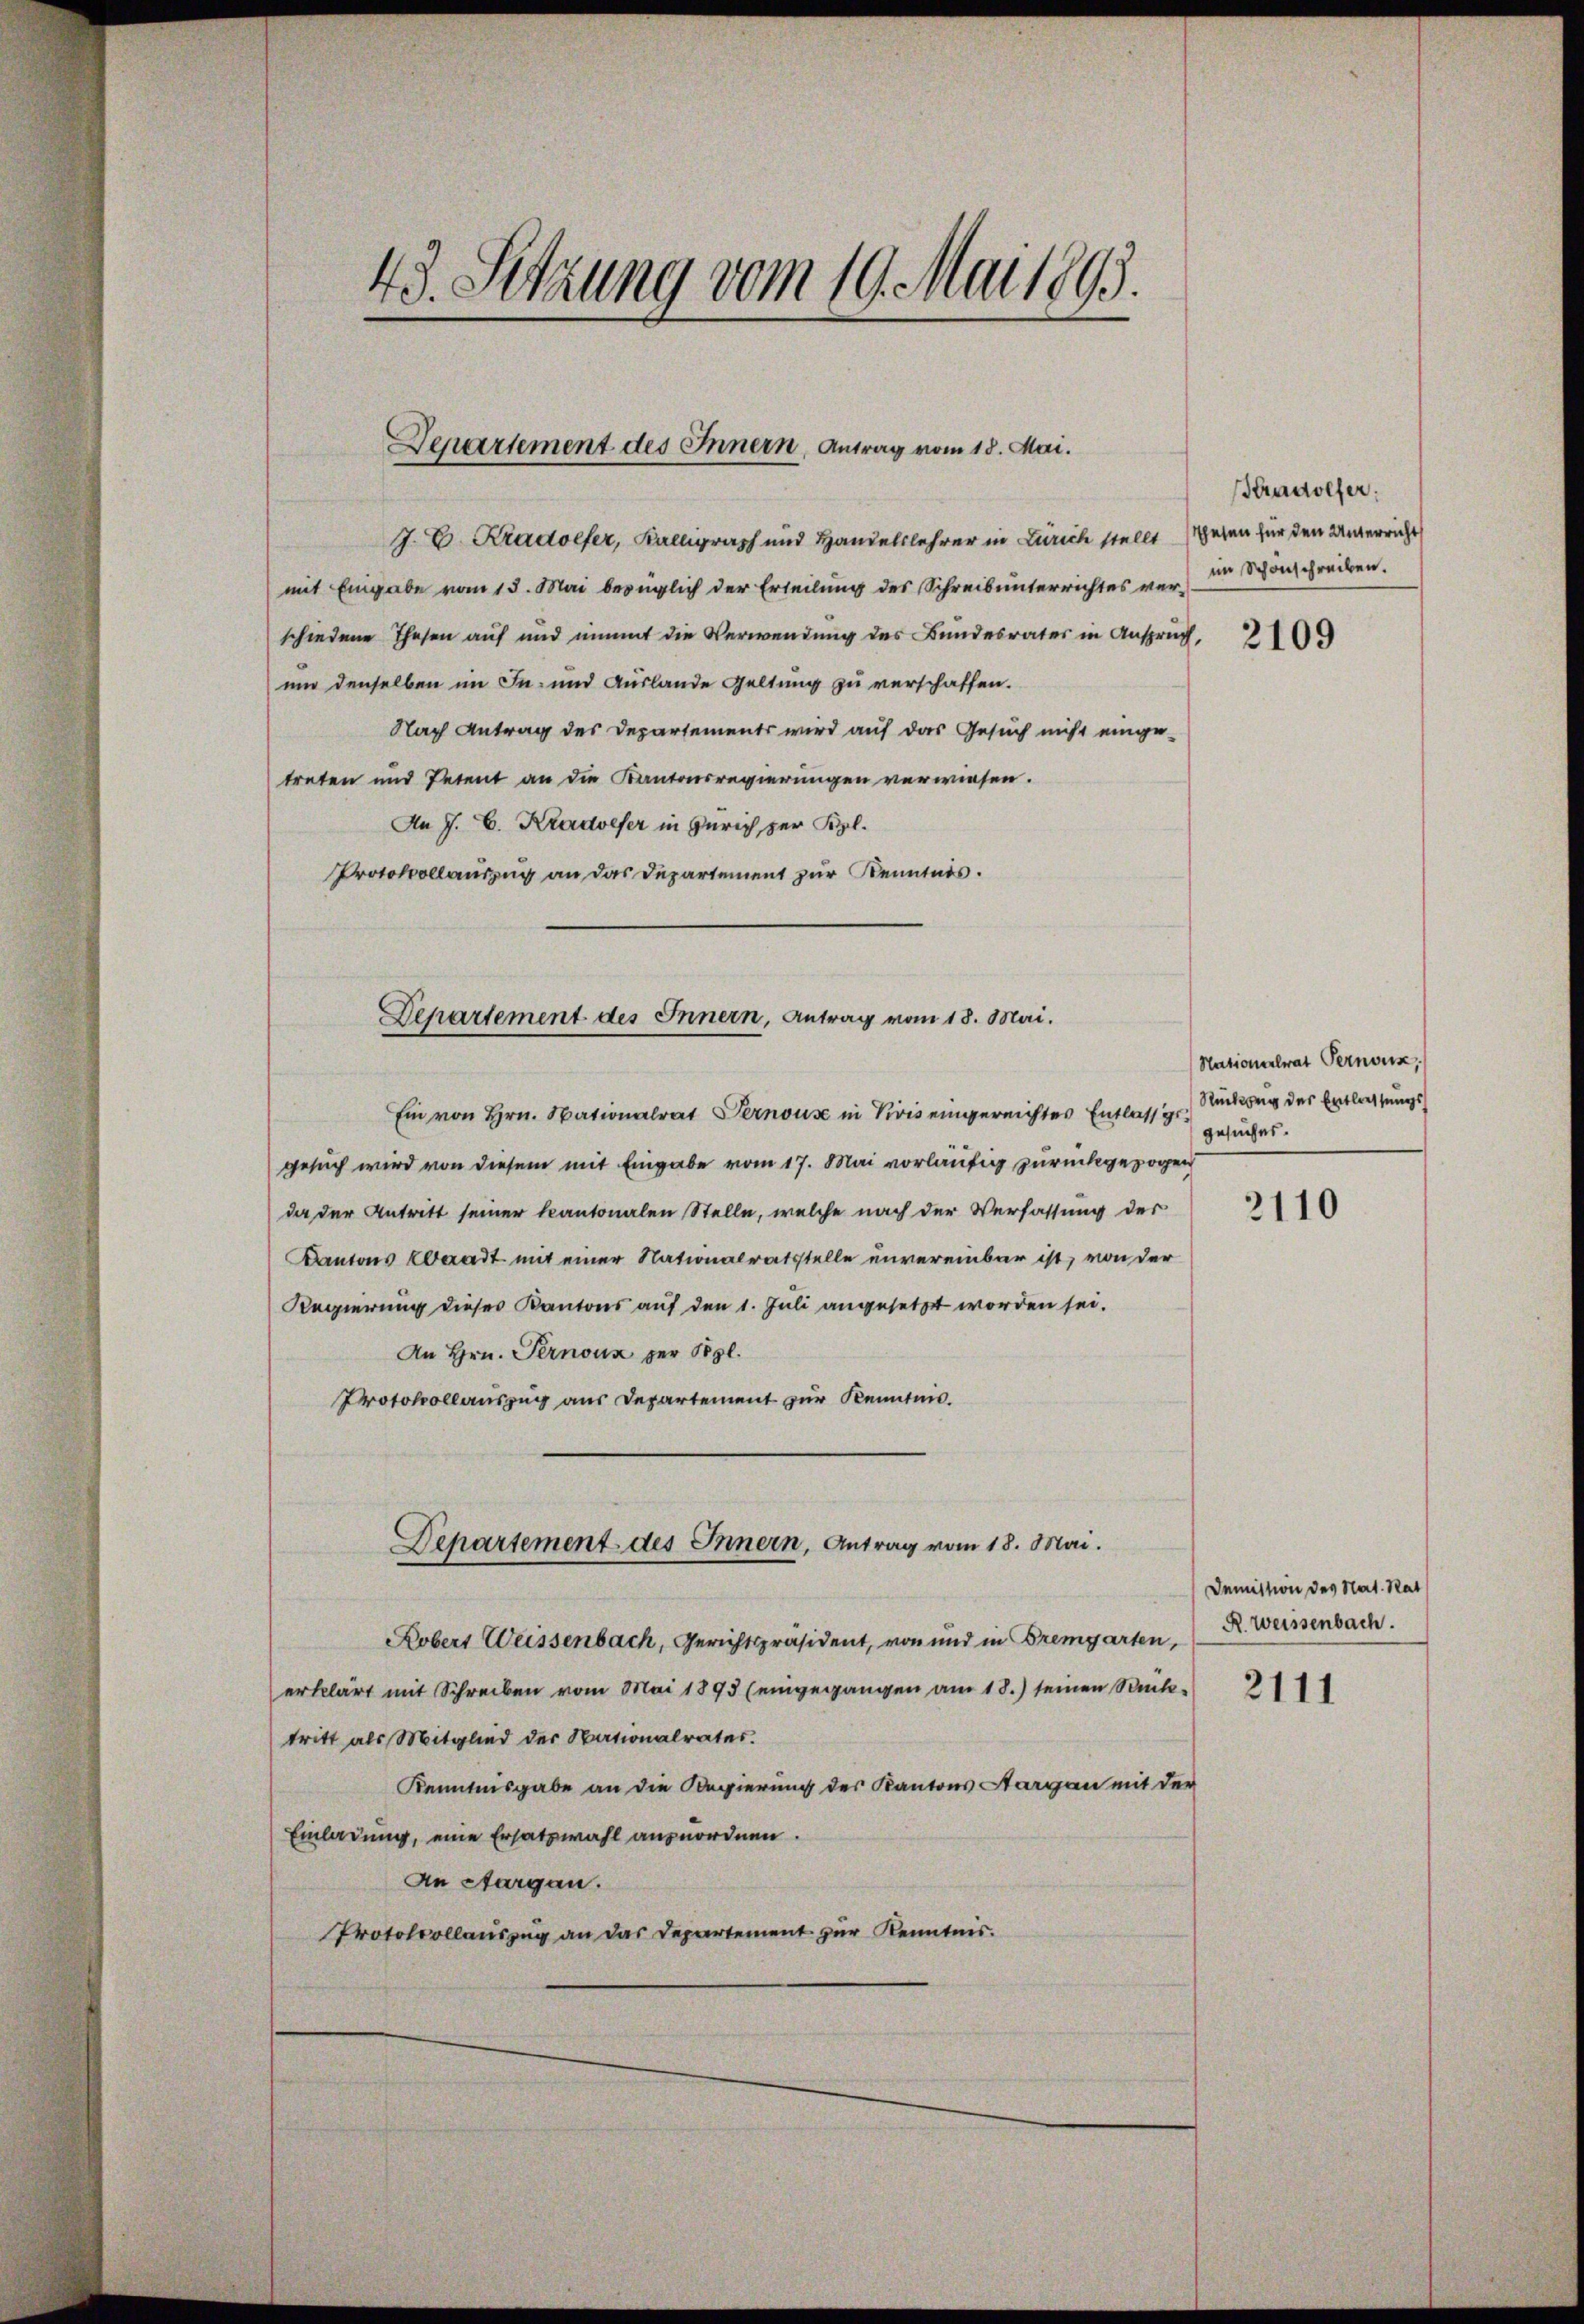
.
43. Sitzung vom 19. Mai 1893.

Departement des Innern, Antrag vom 18. Mai.

J. C. Kradoefer, Kalligraph und Handelslehrer in Zürich stellt haben für den Unterricht
mit Eingabe vom 15. Mai bezüglich der Erteilung des Schreibunterrichtes verschiedene Thesen auf und nimmt die Verwendung des Bundesrates in Anspruch,
um denselben im In- und Auslande Geltung zu verschaffen.
Nach Antrag des Departements wird auf das Gesuch nicht einge-
treten und Petent an die Kantonsregierungen verwiesen.
An J. C. Kradveser in Zürich per Kgl.
Protokollauszug an das Departement zŭr Kenntnis.
Ein von Hrn. Nationalrat Pernous in Vivis eingereichtes Entlassgegesuch wird von diesem mit Eingabe vom 17. Mai vorläufig zurückgezogen
da der Antritt seiner kantonalen Stelle, welche nach der Verfassung des
Kantons Waadt mit einer Nationalratstelle unvereinbar ist, von der
Regierung dieses Kantons auf den 1. Juli angesetzt worden sei.
An Hrn. Pernoux per Pogl.
Protokollauszug aus Departement zur Kenntnis.
Departement des Innern, Antrag vom 18. Mai.
Kobers Weissenbach, Gerichtspräsident, von und in Bremgarten,
erklärt mit Schreiben vom Mai 1893 (eingegangen am 18.) seinen Stück-
tritt als Mitglied der Nationalrates.
Kenntnisgabe an die Regierung des Kantons Aargau mit der
Einladung, eine Ersatzwahl anzuordnen.
An Aargau.
Protokollauszug an das Departement zur Kenntnis.

Departement des Innern, Antrag vom 18. Mai.

Ktradolfer,
im Schonschreiben.

2109

Stationalrat Pernoux,
Rückweg des Entlassungsgesuches.

2110

Demission des Nat. Rat
R. Weissenbach.

2111